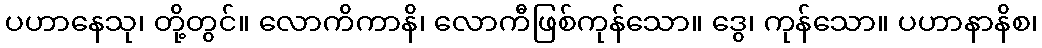
ပဟာနေသု၊ တို့တွင်။ လောကိကာနိ၊ လောကီဖြစ်ကုန်သော။ ဒွေ၊ ကုန်သော။ ပဟာနာနိစ၊